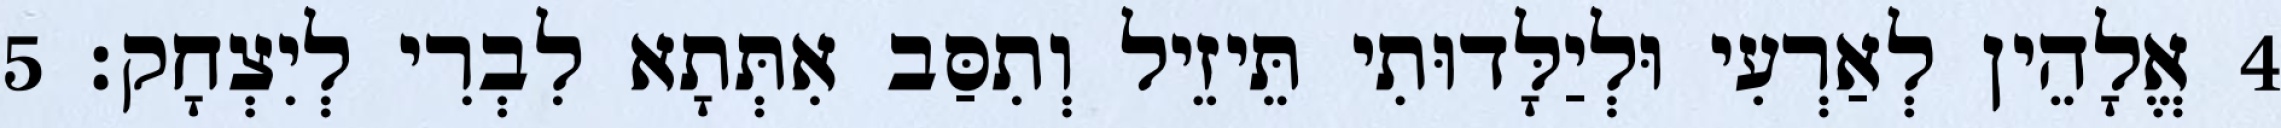
4 אֱלָהֵין לְאַרְעִי וּלְיַלָּדוּתִי תֵּיזֵיל וְתִסַּב אִתְּתָא לִבְרִי לְיִצְחָק׃ 5